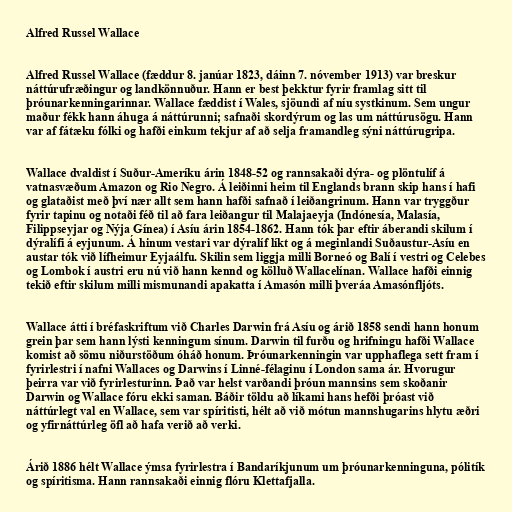
Alfred Russel Wallace

Alfred Russel Wallace (fæddur 8. janúar 1823, dáinn 7. nóvember 1913) var breskur
náttúrufræðingur og landkönnuður. Hann er best þekktur fyrir framlag sitt til
þróunarkenningarinnar. Wallace fæddist í Wales, sjöundi af níu systkinum. Sem ungur
maður fékk hann áhuga á náttúrunni; safnaði skordýrum og las um náttúrusögu. Hann
var af fátæku fólki og hafði einkum tekjur af að selja framandleg sýni náttúrugripa.

Wallace dvaldist í Suður-Ameríku árin 1848-52 og rannsakaði dýra- og plöntulíf á
vatnasvæðum Amazon og Rio Negro. Á leiðinni heim til Englands brann skip hans í hafi
og glataðist með því nær allt sem hann hafði safnað í leiðangrinum. Hann var tryggður
fyrir tapinu og notaði féð til að fara leiðangur til Malajaeyja (Indónesía, Malasía,
Filippseyjar og Nýja Gínea) í Asíu árin 1854-1862. Hann tók þar eftir áberandi skilum í
dýralífi á eyjunum. Á hinum vestari var dýralíf líkt og á meginlandi Suðaustur-Asíu en
austar tók við lífheimur Eyjaálfu. Skilin sem liggja milli Borneó og Balí í vestri og Celebes
og Lombok í austri eru nú við hann kennd og kölluð Wallacelínan. Wallace hafði einnig
tekið eftir skilum milli mismunandi apakatta í Amasón milli þveráa Amasónfljóts.

Wallace átti í bréfaskriftum við Charles Darwin frá Asíu og árið 1858 sendi hann honum
grein þar sem hann lýsti kenningum sínum. Darwin til furðu og hrifningu hafði Wallace
komist að sömu niðurstöðum óháð honum. Þróunarkenningin var upphaflega sett fram í
fyrirlestri í nafni Wallaces og Darwins í Linné-félaginu í London sama ár. Hvorugur
þeirra var við fyrirlesturinn. Það var helst varðandi þróun mannsins sem skoðanir
Darwin og Wallace fóru ekki saman. Báðir töldu að líkami hans hefði þróast við
náttúrlegt val en Wallace, sem var spíritisti, hélt að við mótun mannshugarins hlytu æðri
og yfirnáttúrleg öfl að hafa verið að verki.

Árið 1886 hélt Wallace ýmsa fyrirlestra í Bandaríkjunum um þróunarkenninguna, pólitík
og spíritisma. Hann rannsakaði einnig flóru Klettafjalla.